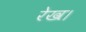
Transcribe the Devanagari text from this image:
रेख।